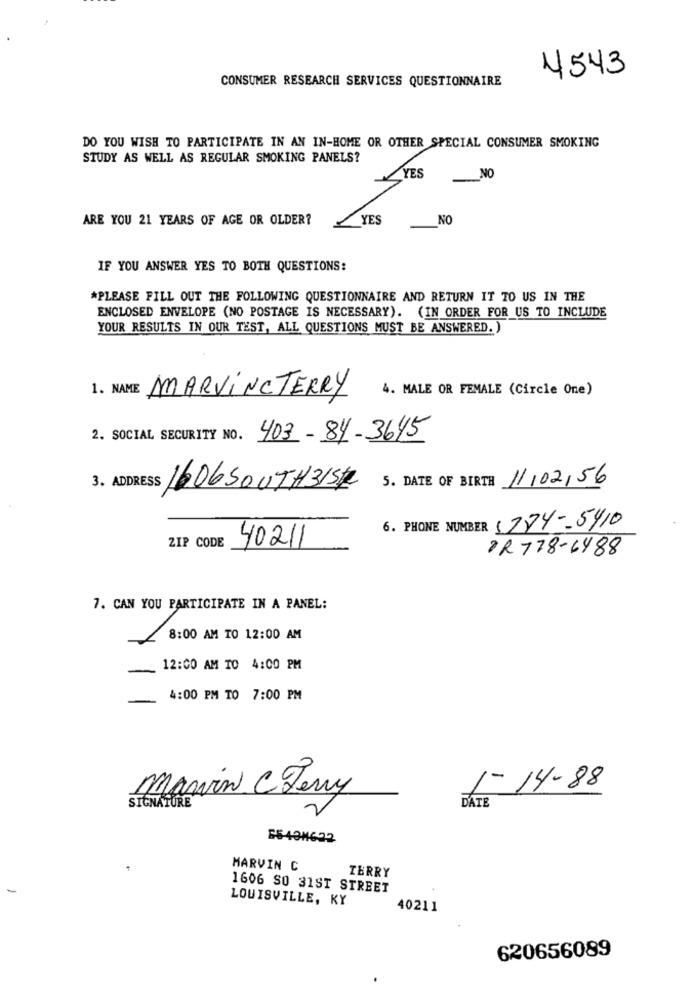
4543
CONSUMER RESEARCH SERVICES QUESTIONNAIRE
DO YOU WISH TO PARTICIPATE IN AN IN-HOME OR OTHER SPECIAL CONSUMER SMOKING
STUDY AS WELL AS REGULAR SMOKING PANELS?
YES
NO
ARE YOU 21 YEARS OF AGE OR OLDER?
YES
NO
IF YOU ANSWER YES TO BOTH QUESTIONS:
*PLEASE FILL OUT THE FOLLOWING QUESTIONNAIRE AND RETURN IT TO US IN THE
ENCLOSED ENVELOPE (NO POSTAGE IS NECESSARY). (IN ORDER FOR US TO INCLUDE
YOUR RESULTS IN OUR TEST, ALL QUESTIONS MUST BE ANSWERED.)
1. NAME MARVINCTERRY
4. MALE OR FEMALE (Circle One)
2. SOCIAL SECURITY NO.
403-84-3645
5. DATE OF BIRTH 11/02/56
3. ADDR
1606SOUTH31St
6. PHONE NUMBER (774-5410
ZIP CODE
40211
PR778-6488
7. CAN YOU PARTICIPATE IN A PANEL:
8:00 AM TO 12:00 AM
12:00 AM TO 4:00 PM
4:00 PM TO 7:00 PM
1- 14-88
SIGNATURE
Marvin C Jerry
DATE
85-498622
MARVIN C
TERRY
-
1606 SO 31ST STREET
LOUISVILLE, KY
40211
620656089